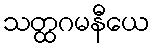
သတ္ထဂမနီယေ